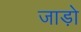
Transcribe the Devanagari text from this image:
जाड़ो